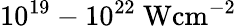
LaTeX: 10^{19}-10^{22}\mathrm{~Wcm^{-2}}